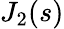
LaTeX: J_{2}(s)